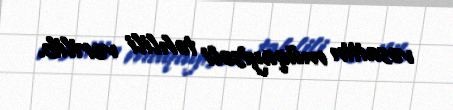
vəsaitin müqayisəli təhlili verilib.